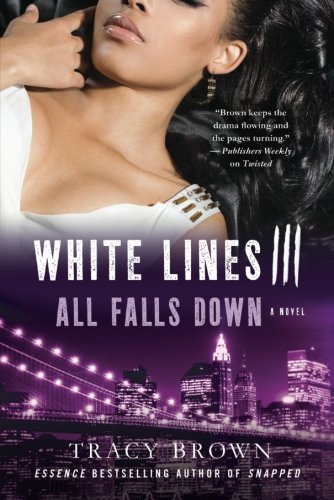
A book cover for White Lines III: All Falls Down: A Novel; Tracy Brown; Literature & Fiction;